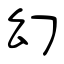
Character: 幻